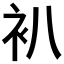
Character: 𧘋